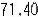
71.40